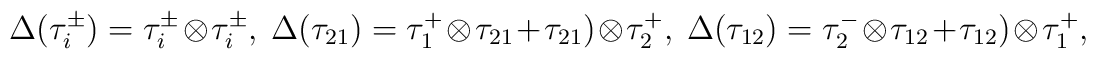
\Delta(  \tau_i^{\pm })=\tau_i^{\pm } \otimes \tau_i^{\pm } ,\ \Delta(  \tau_{21})=\tau_1^{+ } \otimes \tau_{21 }                  +   \tau_{21}) \otimes \tau^+_{2 } , \ \Delta(  \tau_{12})= \tau_2^{- } \otimes \tau_{12 } +   \tau_{12}) \otimes \tau^+_{1 } ,